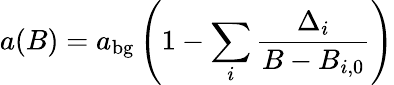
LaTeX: a(B)=a_{\mathrm{bg}}\left(1-\sum_{i}\frac{\Delta_{i}}{B-B_{i,0}}\right)